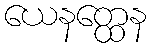
ယေနတ္ထေန